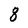
Character: 8